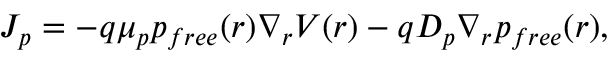
J _ { p } = - q \mu _ { p } p _ { f r e e } ( r ) \nabla _ { r } V ( r ) - q D _ { p } \nabla _ { r } p _ { f r e e } ( r ) ,